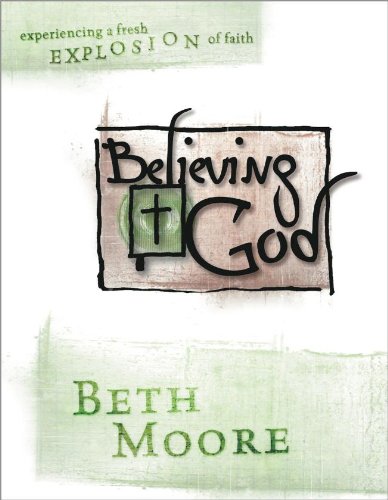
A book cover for Believing God (Member Book); Beth Moore; Christian Books & Bibles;